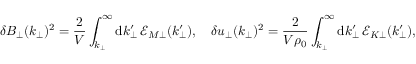
\delta B _ { \perp } ( k _ { \perp } ) ^ { 2 } = \frac { 2 } { V } \int _ { k _ { \perp } } ^ { \infty } \mathrm { d } k _ { \perp } ^ { \prime } \, \mathcal { E } _ { M \perp } ( k _ { \perp } ^ { \prime } ) , \quad \delta u _ { \perp } ( k _ { \perp } ) ^ { 2 } = \frac { 2 } { V { \rho } _ { 0 } } \int _ { k _ { \perp } } ^ { \infty } \mathrm { d } k _ { \perp } ^ { \prime } \, \mathcal { E } _ { K \perp } ( k _ { \perp } ^ { \prime } ) ,